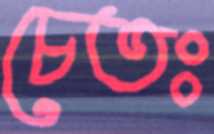
চেতঃ